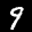
Label: 9